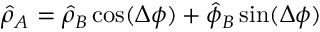
\hat { \rho } _ { A } = \hat { \rho } _ { B } \cos ( \Delta \phi ) + \hat { \phi } _ { B } \sin ( \Delta \phi )